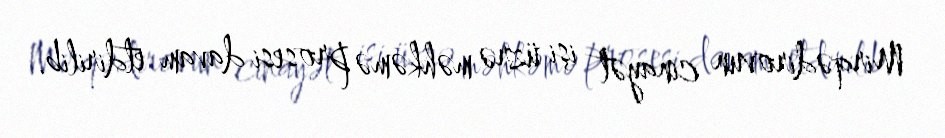
Mirqədirovun cinayət işi üzrə məhkəmə prosesi davam etdirilib.